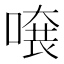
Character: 𠺂